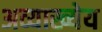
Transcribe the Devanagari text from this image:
अव्याख्येय